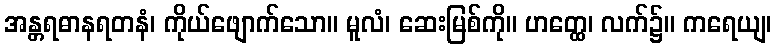
အန္တရဓာနရတနံ၊ ကိုယ်ဖျောက်သော။ မူလံ၊ ဆေးမြစ်ကို။ ဟတ္ထေ၊ လက်၌။ ကရေယျ၊